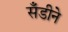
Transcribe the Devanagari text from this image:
सँडीने